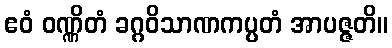
ဧဝံ ဝဏ္ဏိတံ ခဂ္ဂဝိသာဏကပ္ပတံ အာပဇ္ဇတိ။